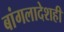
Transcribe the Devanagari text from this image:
बांगलादेशही